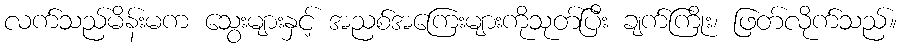
လက်သည်မိန်းမက သွေးများနှင့် အညစ်အကြေးများကိုသုတ်ပြီး ချက်ကြိုး၊ ဖြတ်လိုက်သည်။